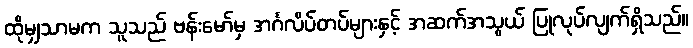
ထိုမျှသာမက သူသည် ဗန်းမော်မှ အင်္ဂလိပ်တပ်များနှင့် အဆက်အသွယ် ပြုလုပ်လျက်ရှိသည်။